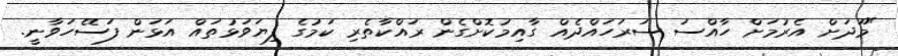
"މޫދަށް އެރުމަށް ހާއްސަ ސަރަހައްދެއް ގާއިމުކޮށްގެން ރައްކާތެރި ކަމުގެ ފިޔަވަޅުތައް އަޅަން ފަސޭހަވާނީ.